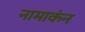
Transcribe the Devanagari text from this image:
नामाकंन